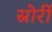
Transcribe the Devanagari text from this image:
स्नोर्री